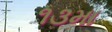
૧૩મા